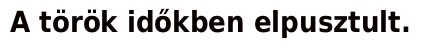
A török időkben elpusztult.